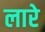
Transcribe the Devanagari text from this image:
लारे